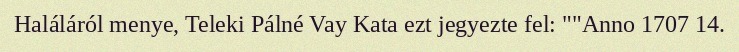
Haláláról menye, Teleki Pálné Vay Kata ezt jegyezte fel: ""Anno 1707 14.